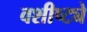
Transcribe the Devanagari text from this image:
वशीष्ट्ये